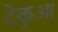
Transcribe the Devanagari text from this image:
टेकुआ